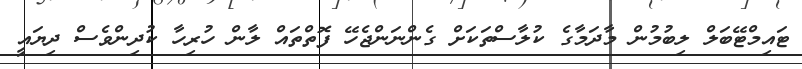
ޓައިމްޓޭބަލް ލިބުމުން މާދަމާގެ ކުލާސްތަކަށް ގެންނަންޖެހޭ ފޮތްތައް ލާން ހުރިހާ ކުދިންވެސް ދިޔައީ